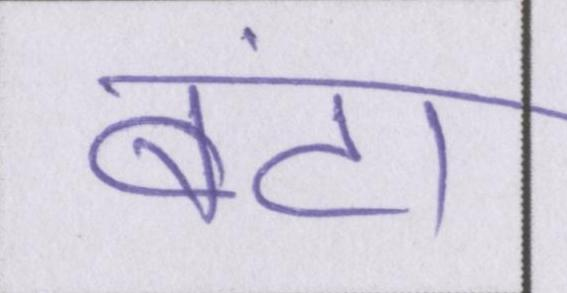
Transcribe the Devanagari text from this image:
बंटा